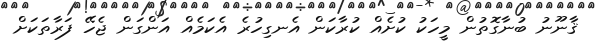
ޤާނޫނު ބުނާގޮތުން މީހަކު ކުށެއް ކުރާކަން އެނގިހުރެ އެކަމެއް އަންގަން ޖެހޭ ފަރާތަކަށް